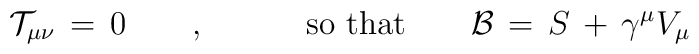
{\mathcal T}_{\mu\nu}\,=\,0 \qquad  , \hspace{0.5in} \hbox{so that} \qquad  {\mathcal B}\,=\,S\,+\, \gamma^{\mu} V_{\mu}